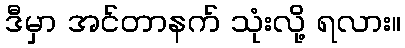
ဒီမှာ အင်တာနက် သုံးလို့ ရလား။